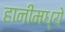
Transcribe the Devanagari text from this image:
हानीमध्ये